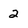
Character: 2